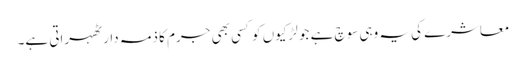
معاشرے کی یہ وہی سوچ ہے جو لڑکیوں کو کسی بھی جرم کا ذمہ دار ٹھہراتی ہے۔